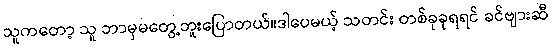
သူကတော့ သူ ဘာမှမတွေ့ဘူးပြောတယ်။ဒါပေမယ့် သတင်း တစ်ခုခုရရင် ခင်ဗျားဆီ